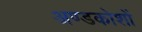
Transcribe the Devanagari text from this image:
अण्डकोशों